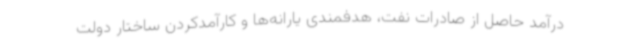
درآمد حاصل از صادرات نفت،‌ هدفمندی یارانه‌ها و کارآمدکردن ساختار دولت